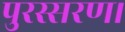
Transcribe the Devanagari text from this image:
पुरस्सरण।